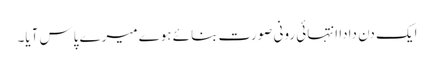
ایک دن دادا انتہائی رونی صورت بنائے ہوے میرے پاس آیا۔